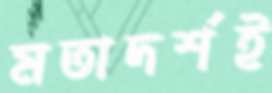
মতাদর্শই